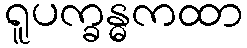
ရူပက္ခန္ဓကထာ